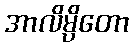
အာလိမ္ပိတော